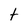
Character: t